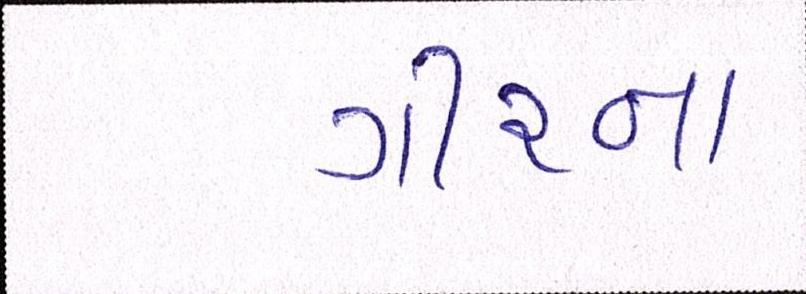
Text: ગીરના